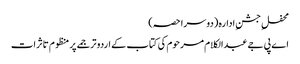
محفلِ جشنِ ادارہ (دوسرا حصہ)
اے پی جے عبدالکلام مرحوم کی کتاب کے اردو ترجمے پر منظوم تاثرات